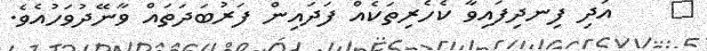
٩    އަދި ފިނދިފައިވާ ކެހެރިތަކެއް ފަދައިން ފަރުބަދަތައް ވާނޭދުވަހުއެވެ.